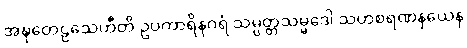
အဍ္ဎတေဠသေဟီတိ ဥပကာရိနဂရံ သမ္ပတ္တသမ္မဒေါ သဟစရဏနယေန